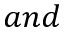
a n d